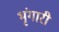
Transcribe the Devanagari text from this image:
भृंगारी